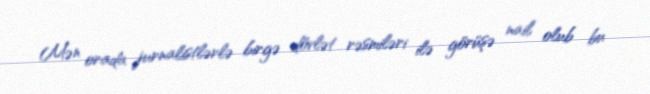
Mən orada jurnalistlərlə birgə dövlət rəsmiləri ilə görüşə nail olub bu